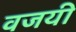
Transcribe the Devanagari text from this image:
वजयी